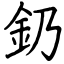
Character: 釢